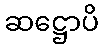
ဆဋ္ဌောပိ